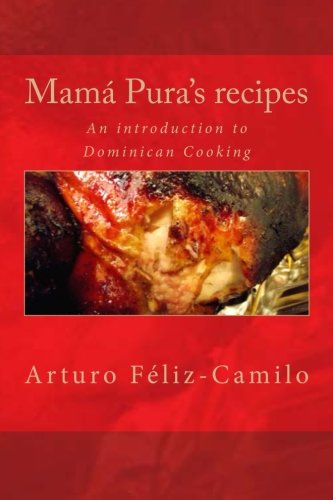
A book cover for MamÃ¡ Pura's recipes: English Black & White Edition (Dominican Traditional Recipes); Arturo FÃ©liz-Camilo; Cookbooks, Food & Wine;